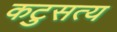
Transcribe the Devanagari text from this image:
कटुसत्य